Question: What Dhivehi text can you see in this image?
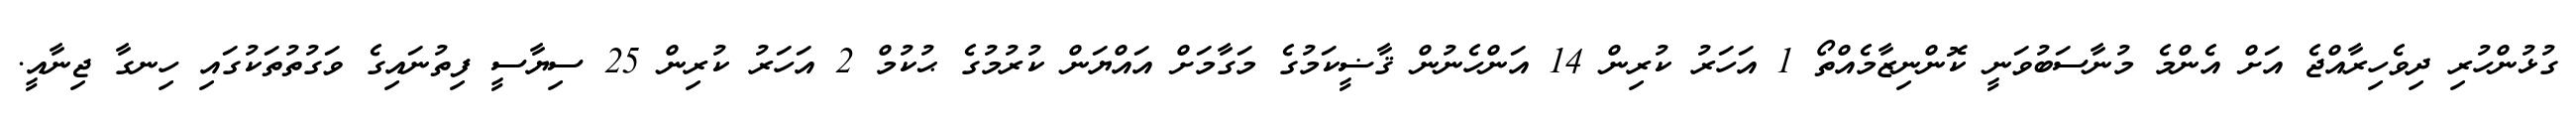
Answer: ގުޅުންހުރި ދިވެހިރާއްޖެ އަށް އެންމެ މުނާސަބުވަނީ ކޮންނިޒާމެއްތޯ 1 އަހަރު ކުރިން 14 އަންހެނުން ޤާޟީކަމުގެ މަގާމަށް އައްޔަން ކުރުމުގެ ޙުކުމް 2 އަހަރު ކުރިން 25 ސިޔާސީ ފިތުނައިގެ ވަގުތުތަކުގައި ހިނގާ ޖިނާއީ.